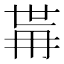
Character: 𭁯